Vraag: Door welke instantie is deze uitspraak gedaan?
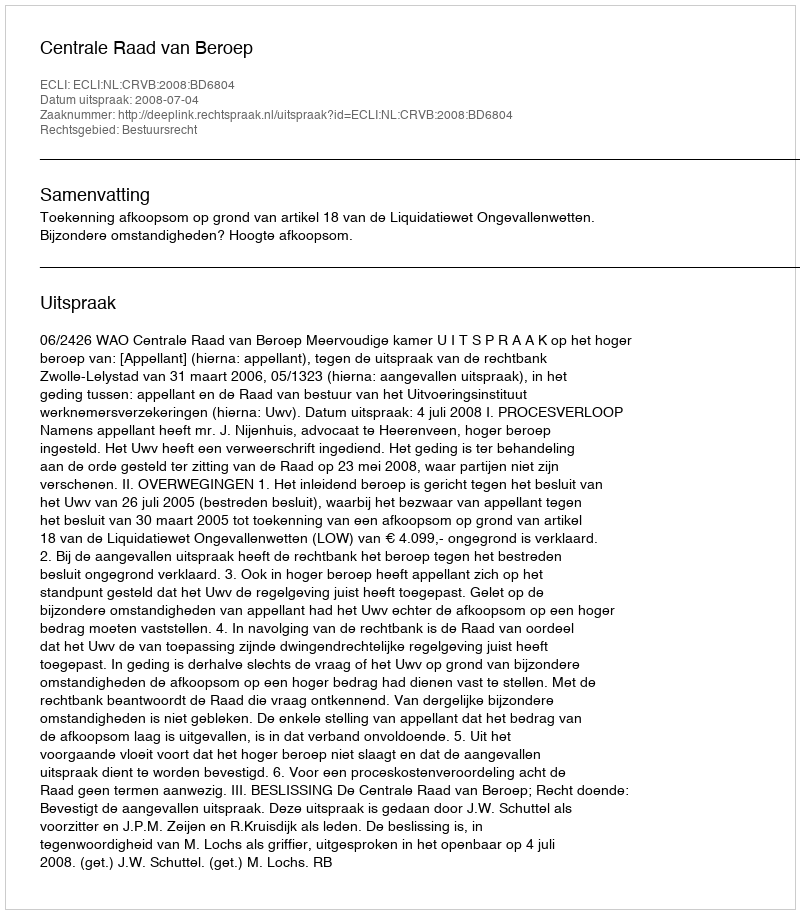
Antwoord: Centrale Raad van Beroep